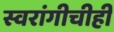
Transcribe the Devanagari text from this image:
स्वरांगीचीही